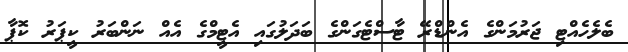
ބެލެހެއްޓި ޖަރުމަންގެ އެންޑްރޭ ޓާސްޓެގަންގެ ބަދަލުގައި އެޓީމްގެ އެއް ނަންބަރު ކީޕަރު ކޮޕާ